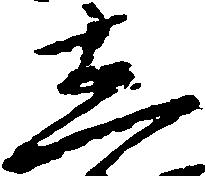
し